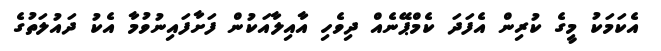
އެކަމަކު މީގެ ކުރިން އެފަދަ ކެމްޕޭނެއް ދިވެހި އާއިލާއަކުން ފަށާފައިނުވުމާ އެކު ދައުލަތުގެ